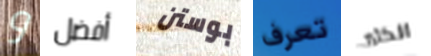
و أفضل بوستن تعرف الكثير